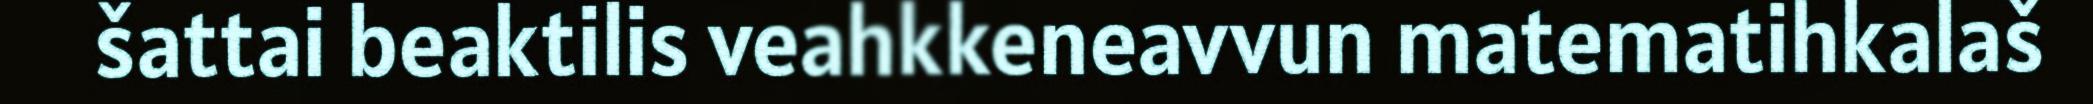
šattai beaktilis veahkkeneavvun matematihkalaš